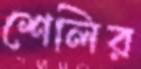
শেলির